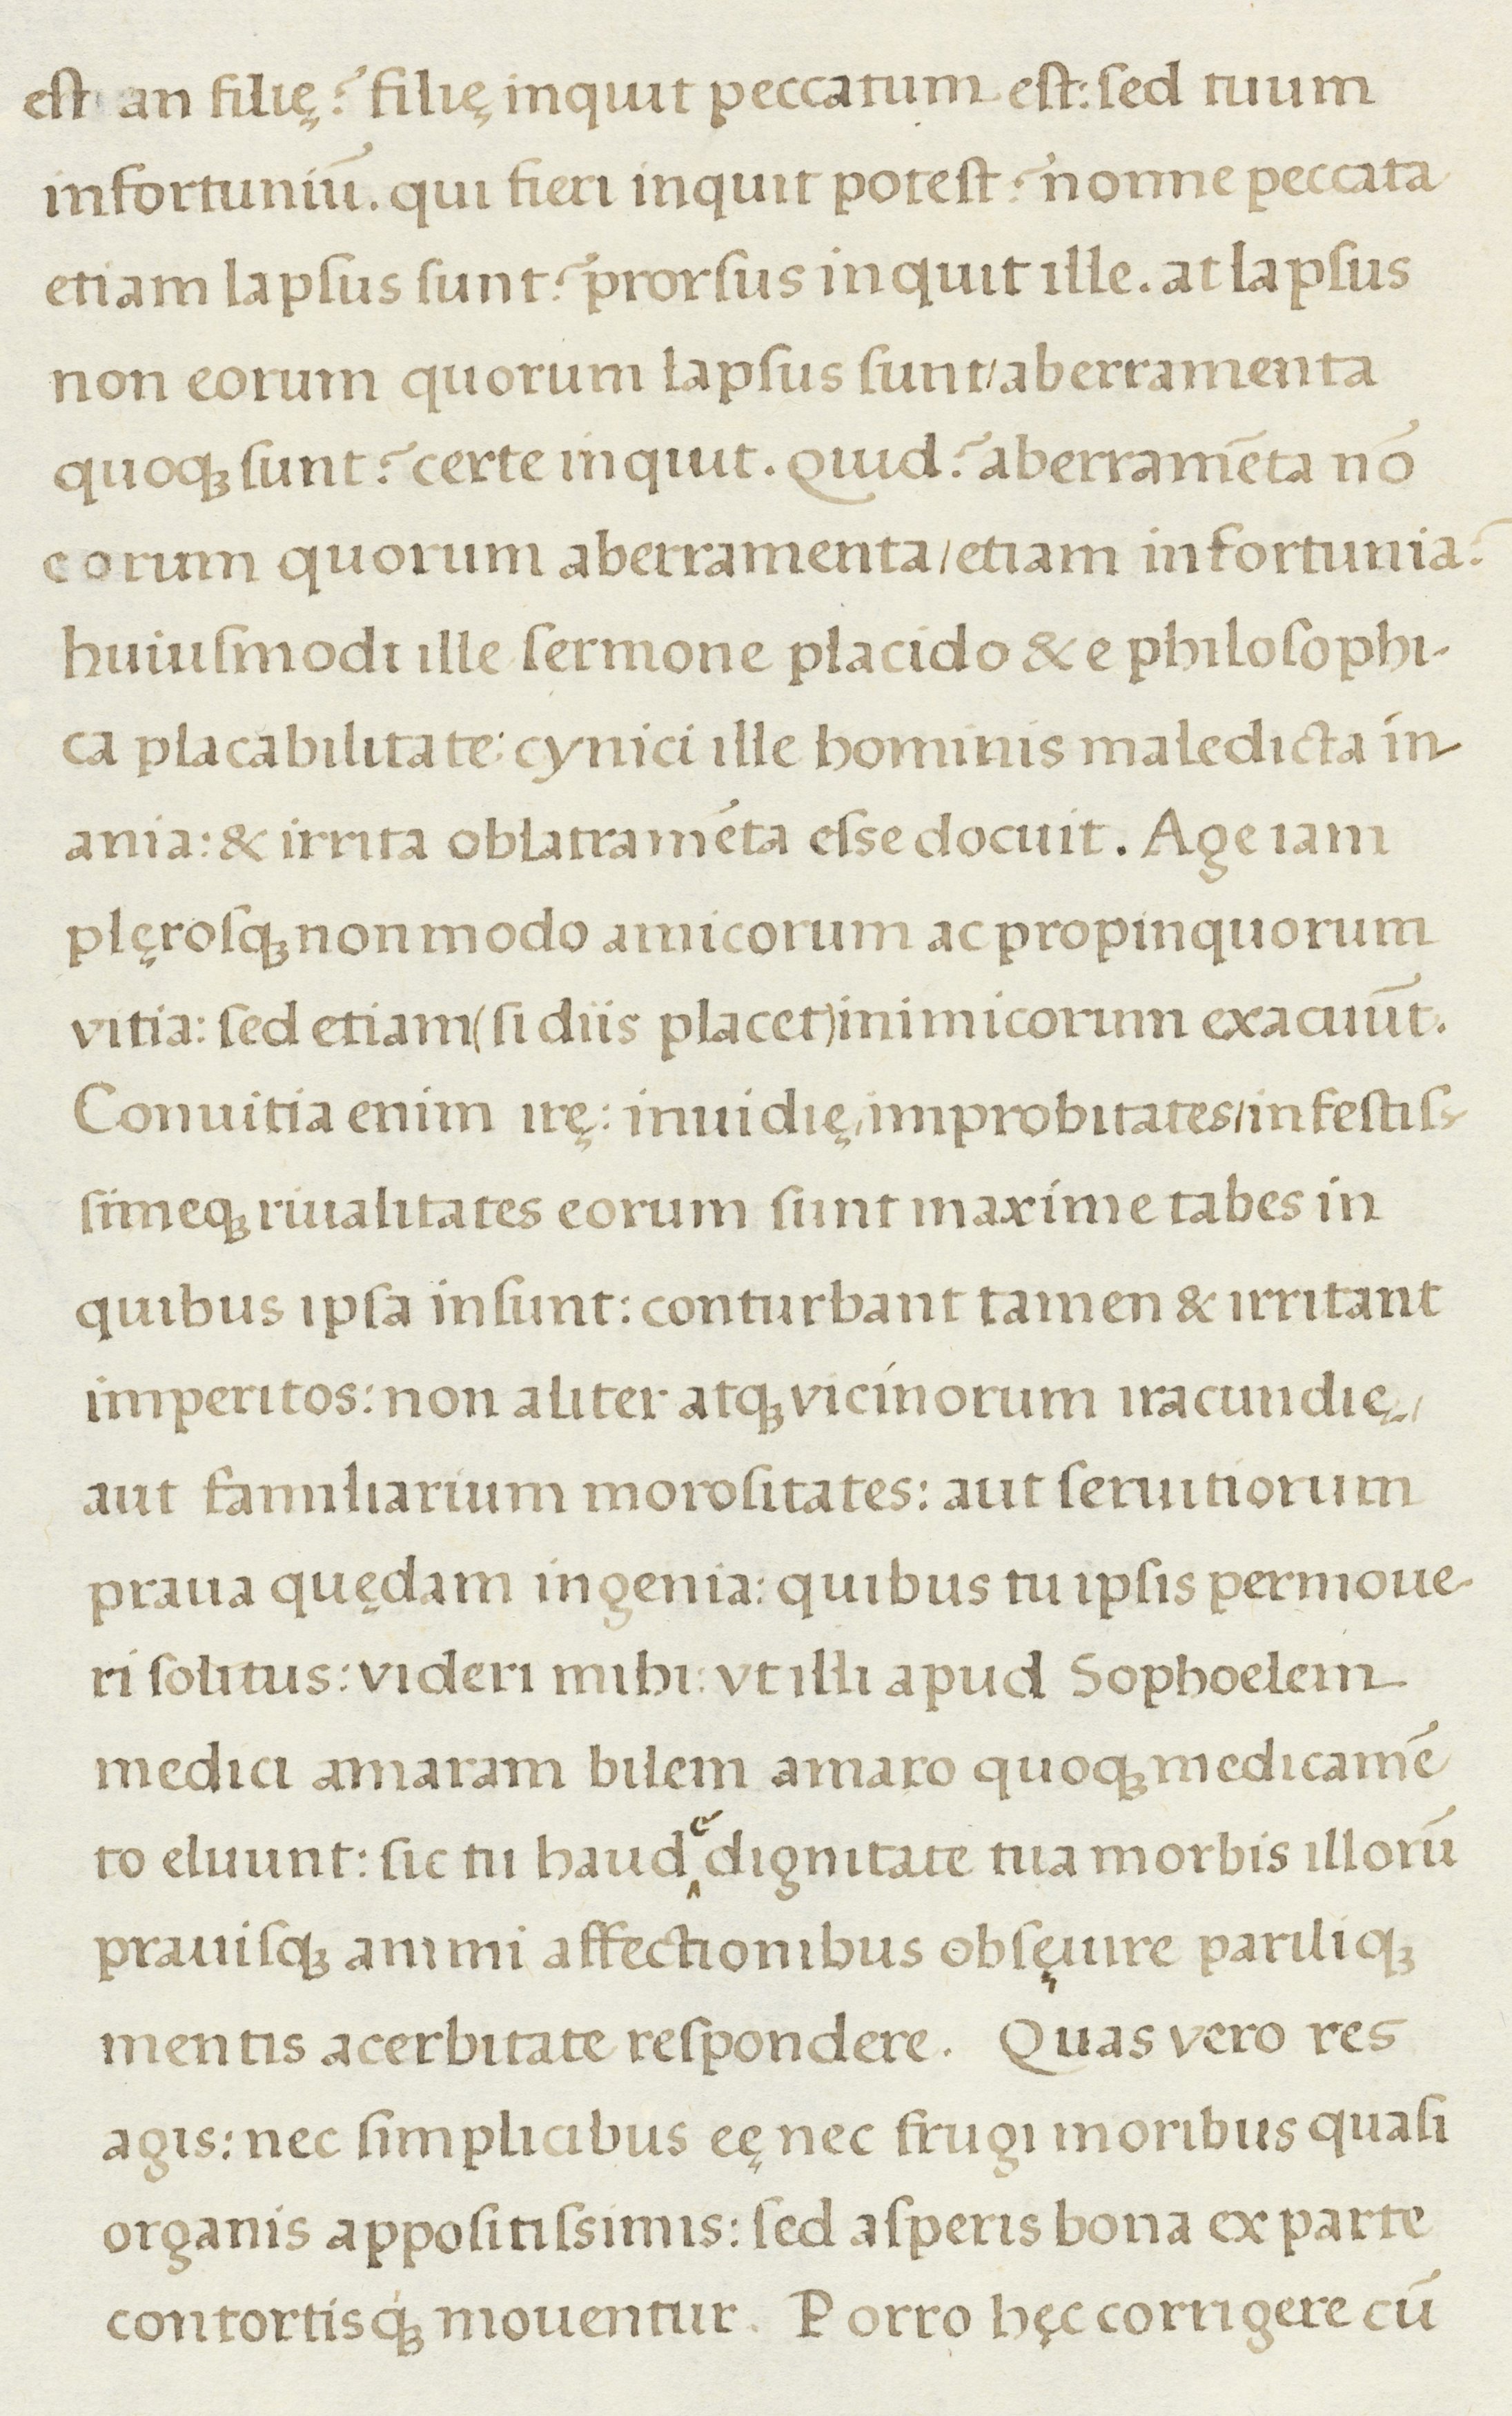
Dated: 1500–1599